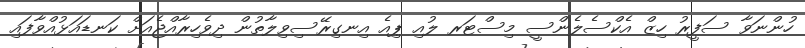
ހުންނަވާ ސަފީރު ހިޒް އެކްސެލެންސީ މިސްޓަރ ލުއި ޕިއެ އިނގިރޭސިވިލާތުން ދިވެހިރާއްޖެއަށް ކަނޑައަޅުއްވާފައި